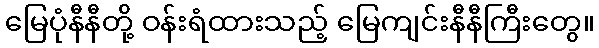
မြေပုံနီနီတို့ ဝန်းရံထားသည့် မြေကျင်းနီနီကြီးတွေ။